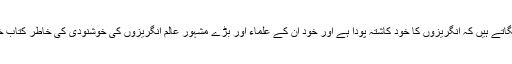
اب حضرت مسیح موعود علیہ الصلوٰۃ والسلام پر ایک الزام لگاتے ہیں کہ انگریزوں کا خود کاشتہ پودا ہے اور خود ان کے علماء اور بڑے مشہور عالم انگریزوں کی خوشنودی کی خاطر کتاب خریدنہیں رہے، جو اسلام کے دفاع کے لئے لکھی گئی تھی۔